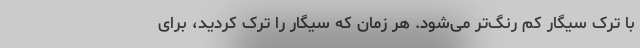
با ترک سیگار کم رنگ‌تر می‌شود. هر زمان که سیگار را ترک کردید، برای